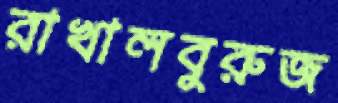
রাখালবুরুজ